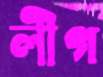
লীগ